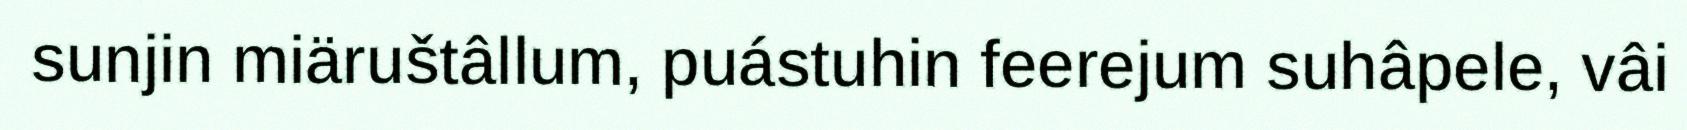
sunjin miäruštâllum, puástuhin feerejum suhâpele, vâi